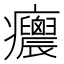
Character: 𤼝